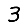
Digit: 3